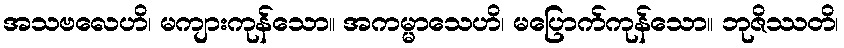
အသဗလေဟိ၊ မကျားကုန်သော။ အကမ္မာသေဟိ၊ မပြောက်ကုန်သော။ ဘုဇိဿတိ၊